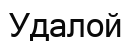
Удалой